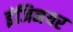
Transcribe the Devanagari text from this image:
इंजिनयर